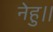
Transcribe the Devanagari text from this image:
नेहु।।